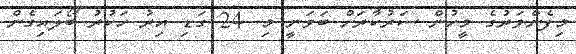
މިފެންވަރުގެ މީހުން ސަރުކާރަށް ބަވަނީ މި. 24 ގަޑި އިރު ހަކުރު ބޯލައިގެން